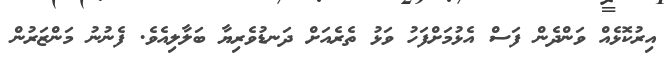
އިރުކޮޅެއް ވަންދެން ފަސް އެޅުމަށްފަހު ވަޅު ތެރެއަށް ދަނޑުވެރިޔާ ބަލާލިއެވެ. ފެނުނު މަންޒަރުން